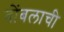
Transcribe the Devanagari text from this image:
बोंबलाची